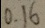
0 . 1 6